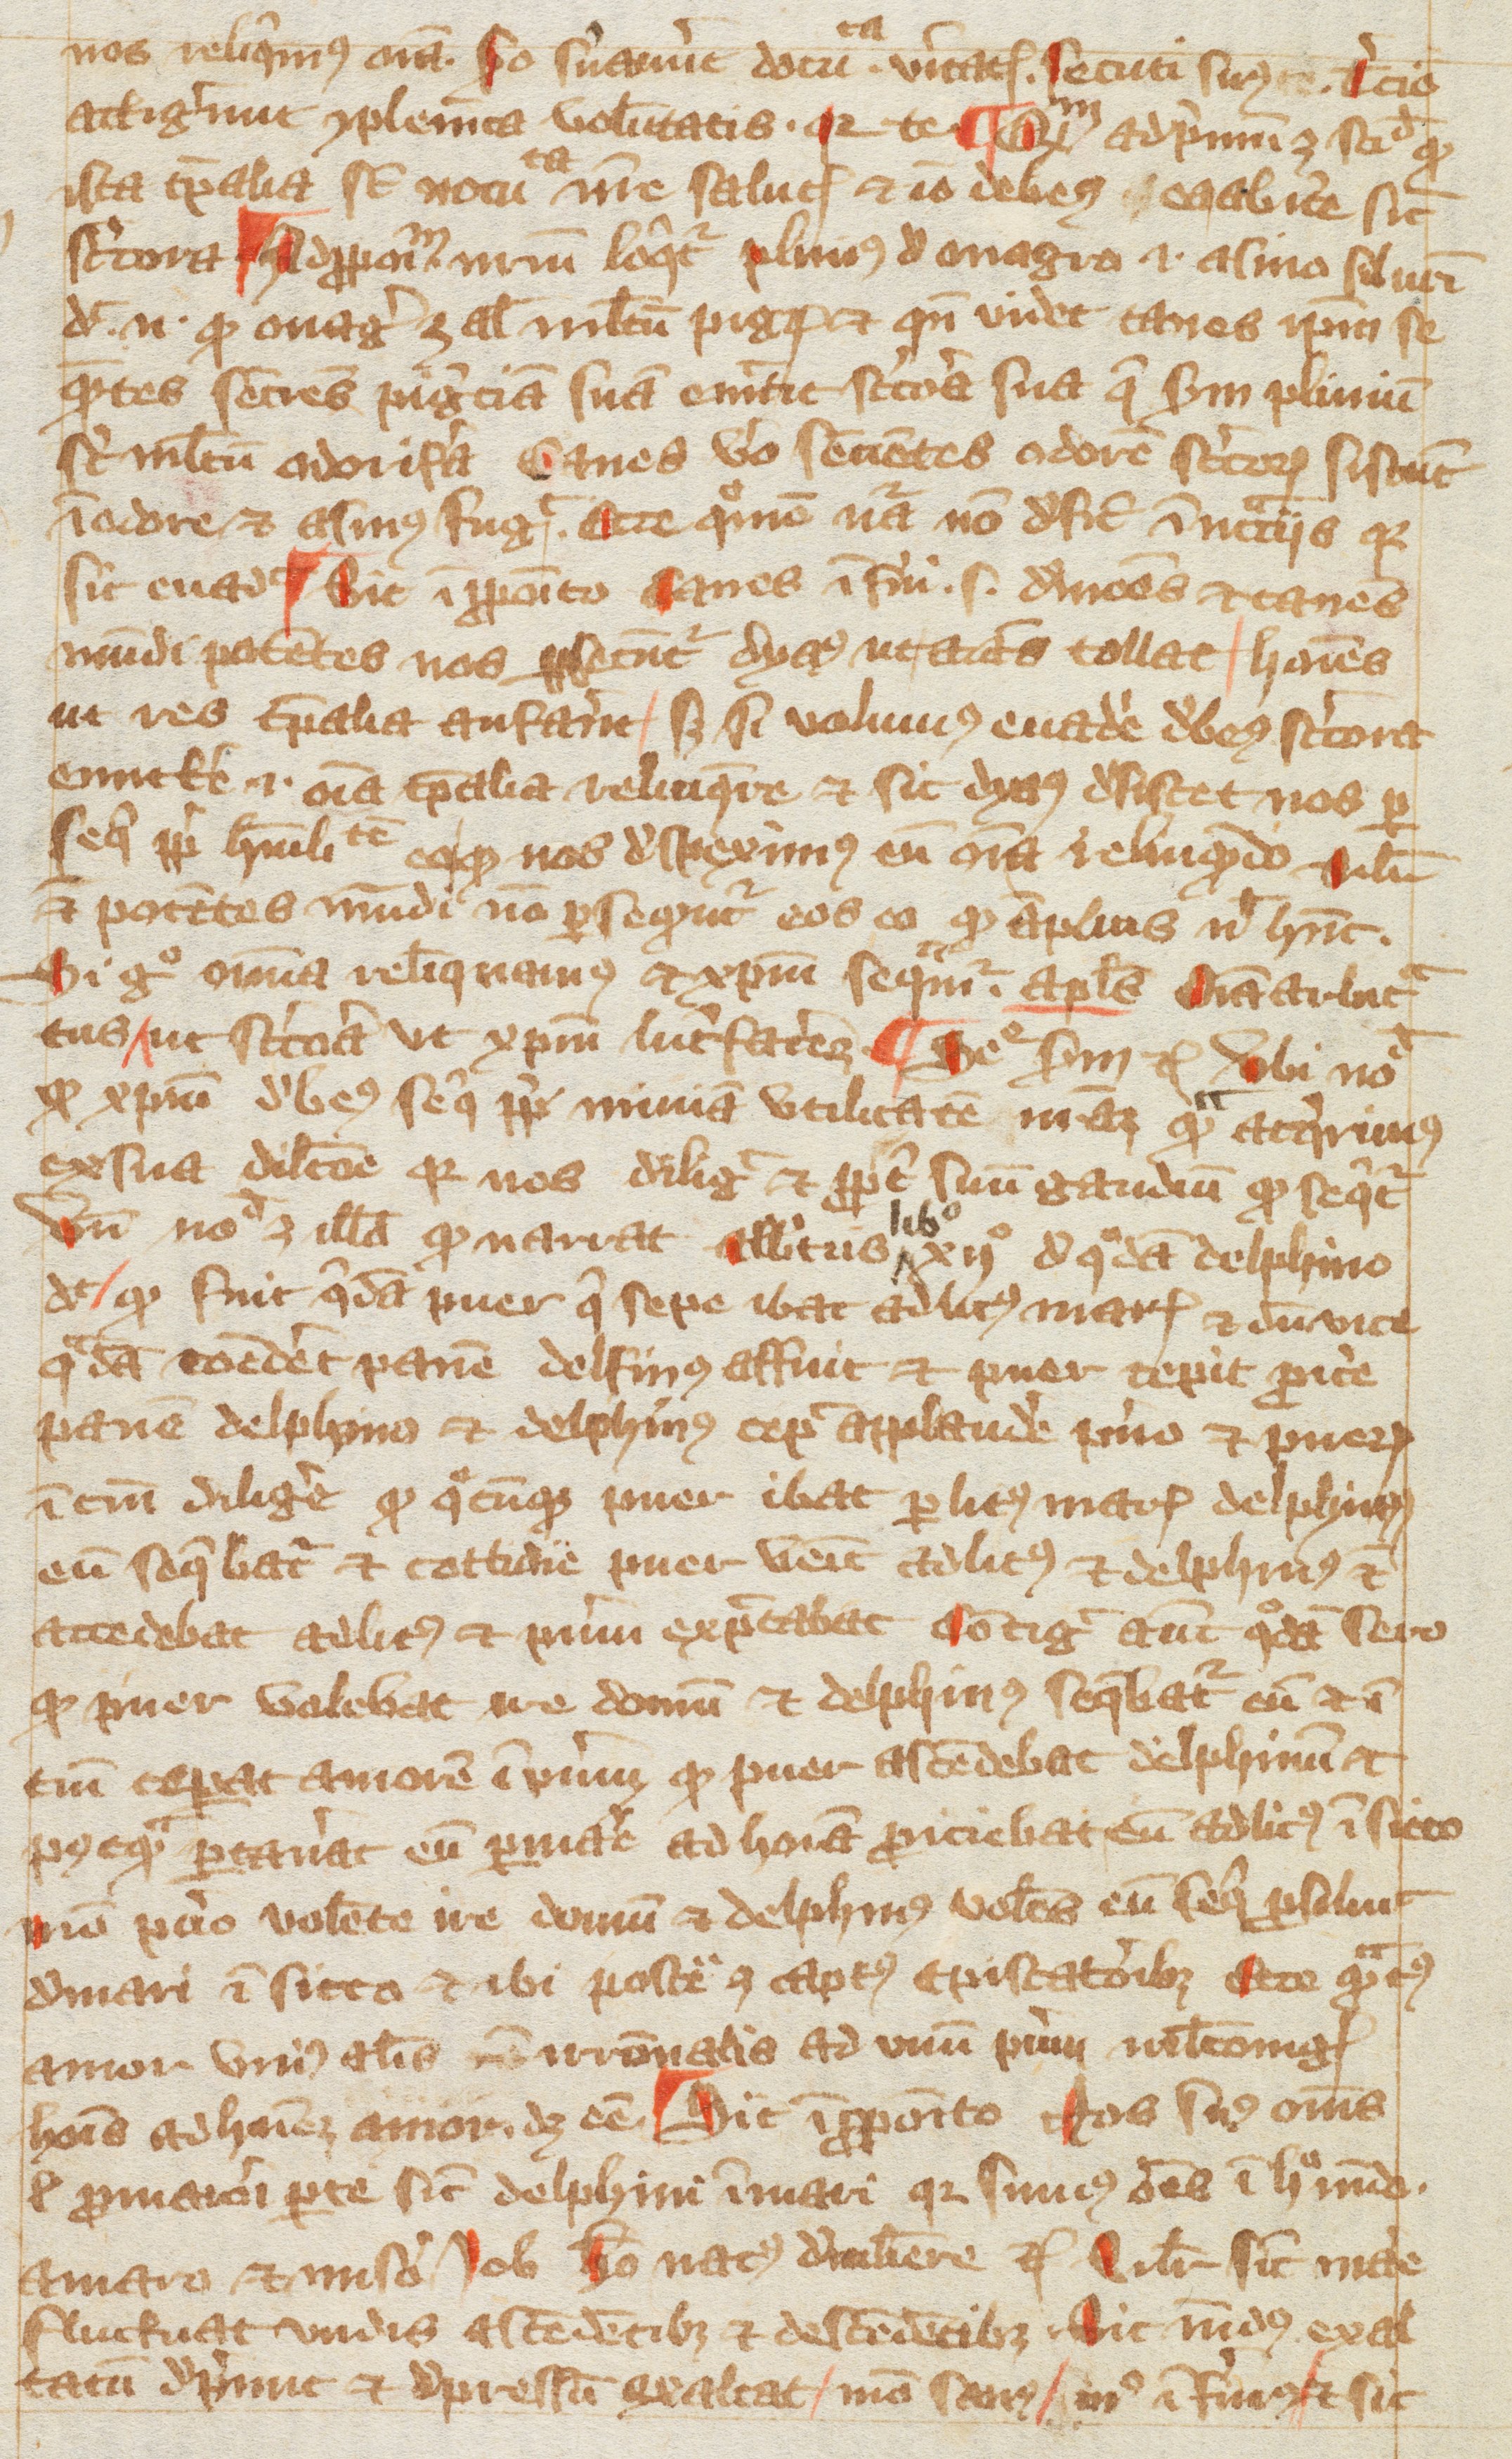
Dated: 1350–1399